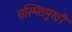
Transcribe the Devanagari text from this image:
सस्मितमुखी